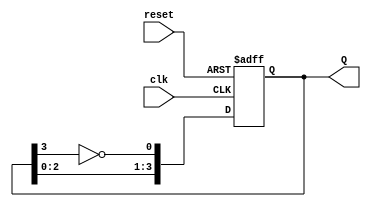
module JohnsonCounter (
    input wire clk,       // Clock signal
    input wire reset,     // Asynchronous reset signal
    output reg [3:0] Q    // 4-bit output representing the state of the counter
);

// Always block triggered on the rising edge of the clock or when reset is activated
always @(posedge clk or posedge reset) begin
    if (reset) begin
        // Reset all flip-flops to 0
        Q <= 4'b0000;
    end else begin
        // Johnson counter state transition
        Q[0] <= ~Q[3]; // Invert the last flip-flop and feed it to the first
        Q[1] <= Q[0];  // Shift the state
        Q[2] <= Q[1];  // Shift the state
        Q[3] <= Q[2];  // Shift the state
    end
end

endmodule